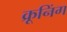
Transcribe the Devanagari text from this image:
क्रूनिंग